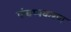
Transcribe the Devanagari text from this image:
पंचप्पकरण